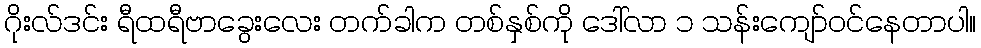
ဂိုးလ်ဒင်း ရီထရီဗာခွေးလေး တက်ခါက တစ်နှစ်ကို ဒေါ်လာ ၁ သန်းကျော်ဝင်နေတာပါ။